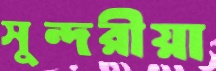
সুন্দরীয়া